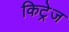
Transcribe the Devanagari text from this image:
किट्रेज